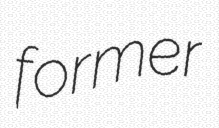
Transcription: former